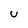
Character: u